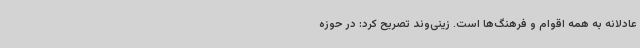
عادلانه به همه اقوام و فرهنگ‌ها است. زینی‌وند تصریح کرد: در حوزه